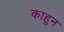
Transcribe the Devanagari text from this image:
काहुन